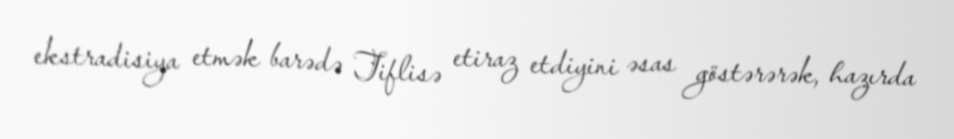
ekstradisiya etmək barədə Tiflisə etiraz etdiyini əsas göstərərək, hazırda